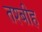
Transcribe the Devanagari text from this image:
तश्बीह